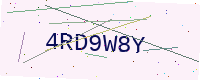
Text: 4RD9W8Y